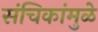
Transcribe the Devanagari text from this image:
संचिकांमुळे